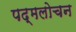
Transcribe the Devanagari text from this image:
पद्मलोचन